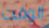
الوقت